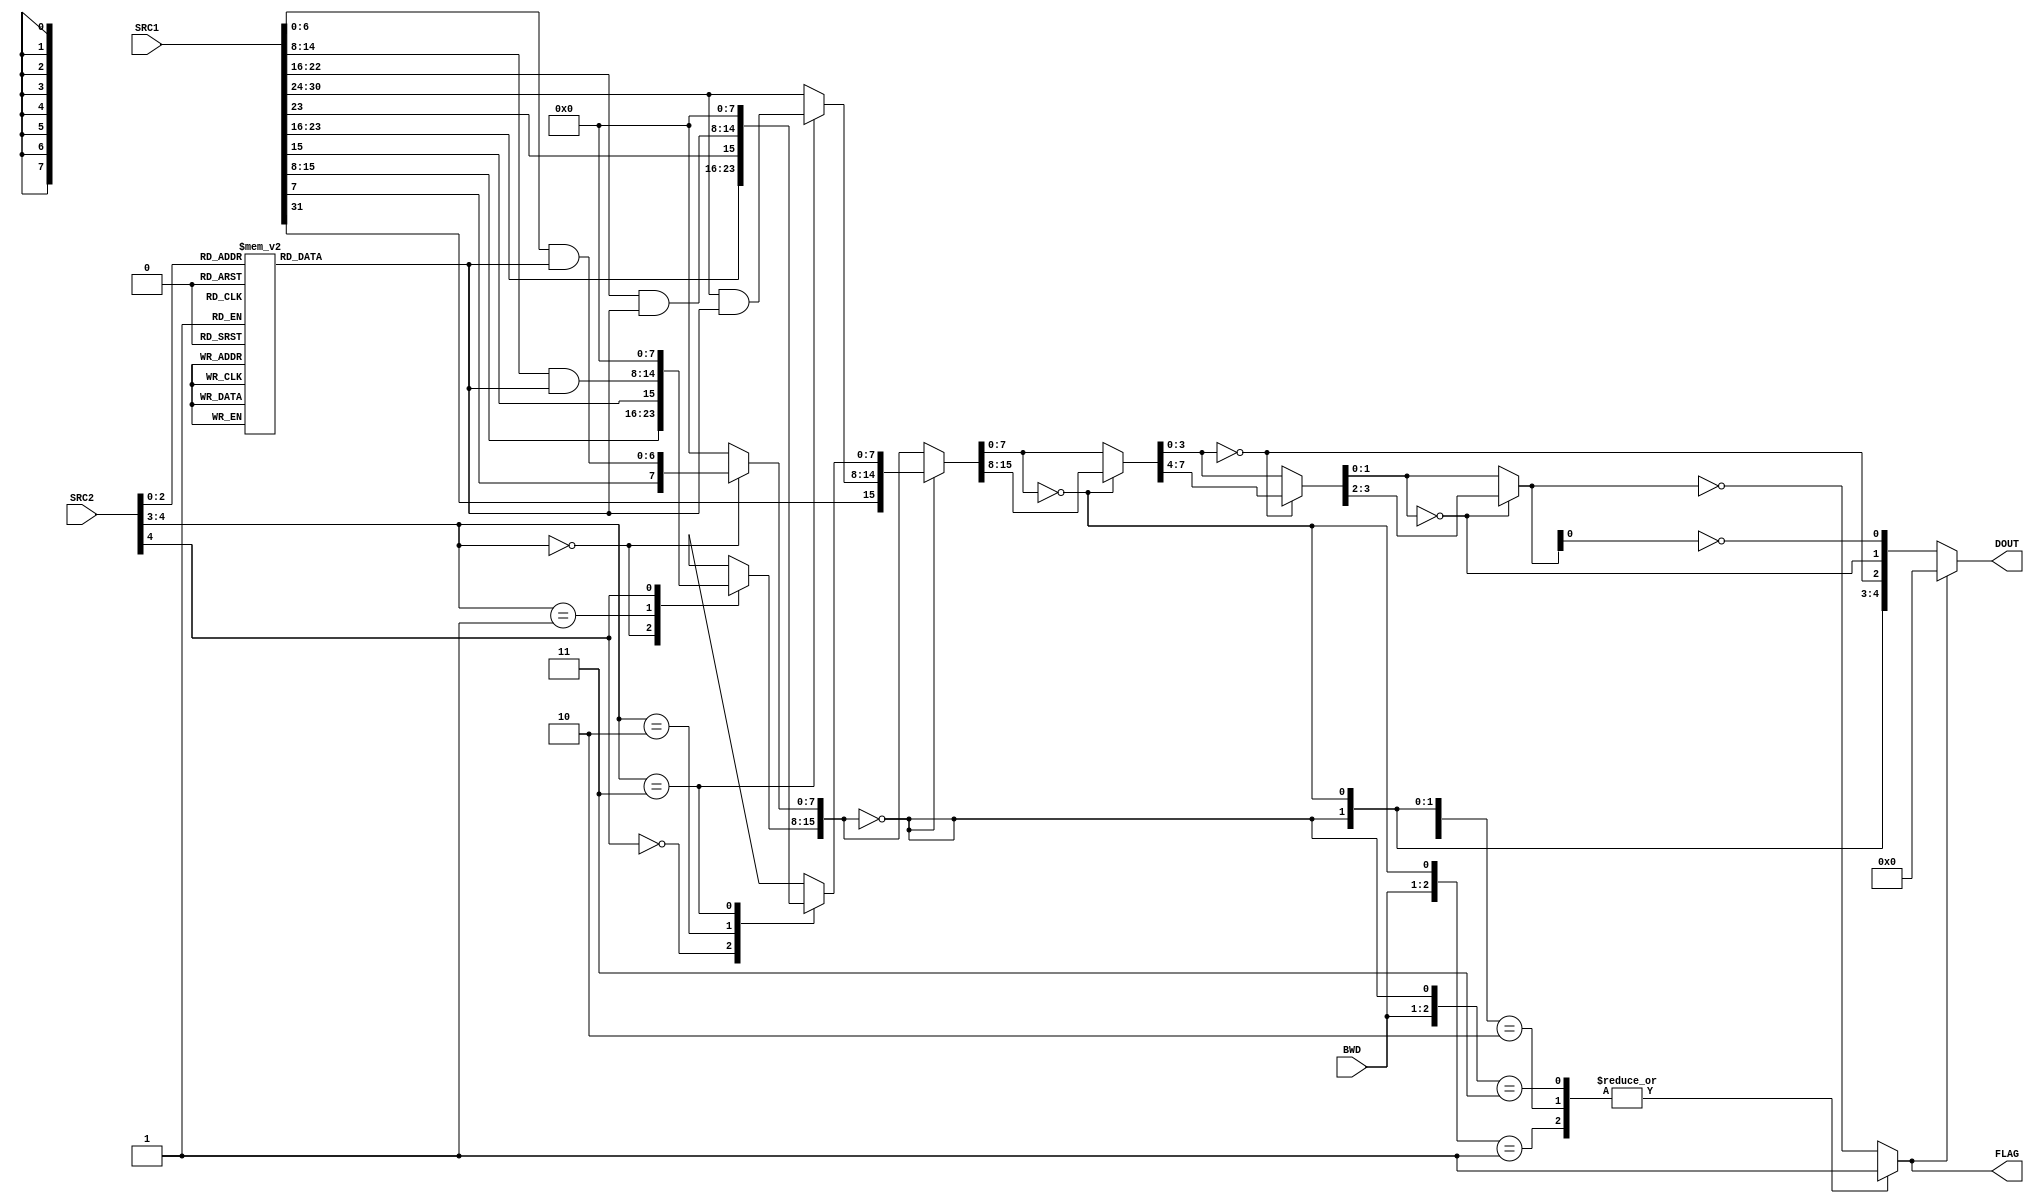
module FFS_LOGIK  (SRC1, SRC2, BWD, FLAG, DOUT);
	input	[31:0]	SRC1;
	input	 [4:0]	SRC2;
	input	 [1:0]	BWD;
	output	reg		FLAG;
	output	 [4:0]	DOUT;
	reg		 [6:0]	maske;
	reg		 [7:0]	byte_1,byte_2;
	wire	 [7:0]	byte_0,byte_3;
	wire	[15:0]	mdat_0;
	wire	 [7:0]	mdat_1;
	wire	 [3:0]	mdat_2;
	wire	 [1:0]	mdat_3;
	wire	 [4:0]	obits;
	always @(*)
		case (SRC2[2:0])
		  3'd0 : maske = 7'h7F;
		  3'd1 : maske = 7'h7E;
		  3'd2 : maske = 7'h7C;
		  3'd3 : maske = 7'h78;
		  3'd4 : maske = 7'h70;
		  3'd5 : maske = 7'h60;
		  3'd6 : maske = 7'h40;
		  3'd7 : maske = 7'h00;
		endcase
	assign byte_0 = (SRC2[4:3] == 2'b00) ? {SRC1[7],(SRC1[6:0] & maske)} : 8'h00;
	always @(*)
		casex (SRC2[4:3])
		  2'b00 : byte_1 = SRC1[15:8];
		  2'b01 : byte_1 = {SRC1[15],(SRC1[14:8] & maske)}; 
		  2'b1x : byte_1 = 8'h00;
		endcase
	always @(*)
		casex (SRC2[4:3])
		  2'b0x : byte_2 = SRC1[23:16];
		  2'b10 : byte_2 = {SRC1[23],(SRC1[22:16] & maske)}; 
		  2'b11 : byte_2 = 8'h00;
		endcase
	assign byte_3 = (SRC2[4:3] == 2'b11) ? {SRC1[31],(SRC1[30:24] & maske)} : SRC1[31:24];
	assign obits[4] = ({byte_1,byte_0} == 16'h0);
	assign mdat_0	= obits[4] ? {byte_3,byte_2} : {byte_1,byte_0};	
	assign obits[3]	= (mdat_0[7:0] == 8'h0);
	assign mdat_1	= obits[3] ? mdat_0[15:8] : mdat_0[7:0];
	assign obits[2] = (mdat_1[3:0] == 4'h0);
	assign mdat_2	= obits[2] ? mdat_1[7:4] : mdat_1[3:0];
	assign obits[1] = (mdat_2[1:0] == 2'b0);
	assign mdat_3	= obits[1] ? mdat_2[3:2] : mdat_2[1:0];
	assign obits[0] = ~mdat_3[0];
	always @(BWD or obits or mdat_3)
		casex ({BWD,obits[4:3]})
		  4'b00_x1 : FLAG = 1;	
		  4'b00_10 : FLAG = 1;	
		  4'b01_1x : FLAG = 1;	
		  default  : FLAG = (mdat_3 == 2'b00);
		endcase
	assign DOUT = FLAG ? 5'h0 : obits;
endmodule